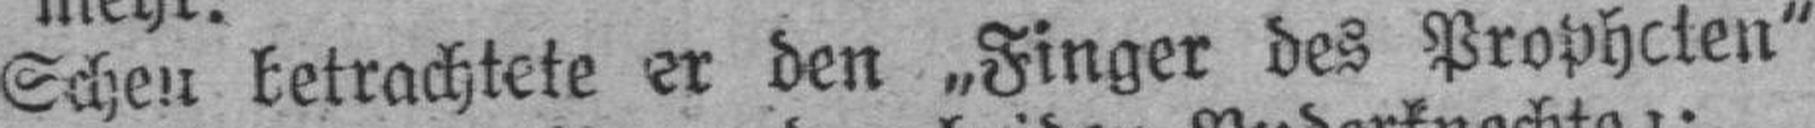
Scheu betrachtete er den „Finger des Propheten“